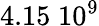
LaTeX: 4.15\; 10^{9}